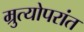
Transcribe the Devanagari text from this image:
म्रुत्योपरांत